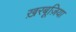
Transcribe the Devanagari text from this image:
ख़रबूज़िया